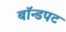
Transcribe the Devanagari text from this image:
बॉन्डपट